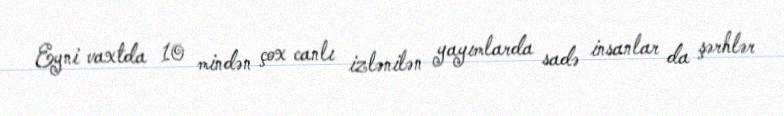
Eyni vaxtda 10 mindən çox canlı izlənilən yayımlarda sadə insanlar da şərhlər